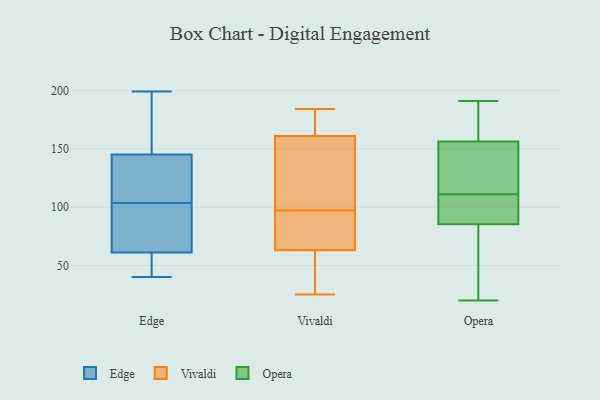
{"axis": {"x": "Temperature (°C)", "y": "Value"}, "legend": ["Edge", "Opera", "Vivaldi"], "data": [{"x": "", "y": 144, "type": "Edge"}, {"x": "", "y": 40, "type": "Edge"}, {"x": "", "y": 146, "type": "Edge"}, {"x": "", "y": 114, "type": "Edge"}, {"x": "", "y": 54, "type": "Edge"}, {"x": "", "y": 93, "type": "Edge"}, {"x": "", "y": 90, "type": "Edge"}, {"x": "", "y": 141, "type": "Edge"}, {"x": "", "y": 55, "type": "Edge"}, {"x": "", "y": 199, "type": "Edge"}, {"x": "", "y": 67, "type": "Edge"}, {"x": "", "y": 195, "type": "Edge"}, {"x": "", "y": 25, "type": "Vivaldi"}, {"x": "", "y": 64, "type": "Vivaldi"}, {"x": "", "y": 63, "type": "Vivaldi"}, {"x": "", "y": 41, "type": "Vivaldi"}, {"x": "", "y": 145, "type": "Vivaldi"}, {"x": "", "y": 180, "type": "Vivaldi"}, {"x": "", "y": 109, "type": "Vivaldi"}, {"x": "", "y": 184, "type": "Vivaldi"}, {"x": "", "y": 85, "type": "Vivaldi"}, {"x": "", "y": 161, "type": "Vivaldi"}, {"x": "", "y": 59, "type": "Opera"}, {"x": "", "y": 94, "type": "Opera"}, {"x": "", "y": 144, "type": "Opera"}, {"x": "", "y": 136, "type": "Opera"}, {"x": "", "y": 57, "type": "Opera"}, {"x": "", "y": 191, "type": "Opera"}, {"x": "", "y": 111, "type": "Opera"}, {"x": "", "y": 150, "type": "Opera"}, {"x": "", "y": 20, "type": "Opera"}, {"x": "", "y": 100, "type": "Opera"}, {"x": "", "y": 103, "type": "Opera"}, {"x": "", "y": 175, "type": "Opera"}, {"x": "", "y": 181, "type": "Opera"}]}